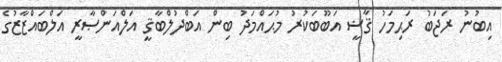
އިބުނު ރަޖަބު ރަޙިމަހު ޤާޟީ އަބޫބަކުރު މުޙައްމަދު ބިން އަބްދުލްބާޤީ އަލްއަންޞާރީ އަލްބައްޒާޒުގެ